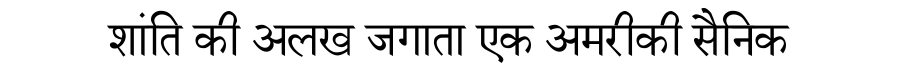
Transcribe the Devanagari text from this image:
शांति की अलख जगाता एक अमरीकी सैनिक